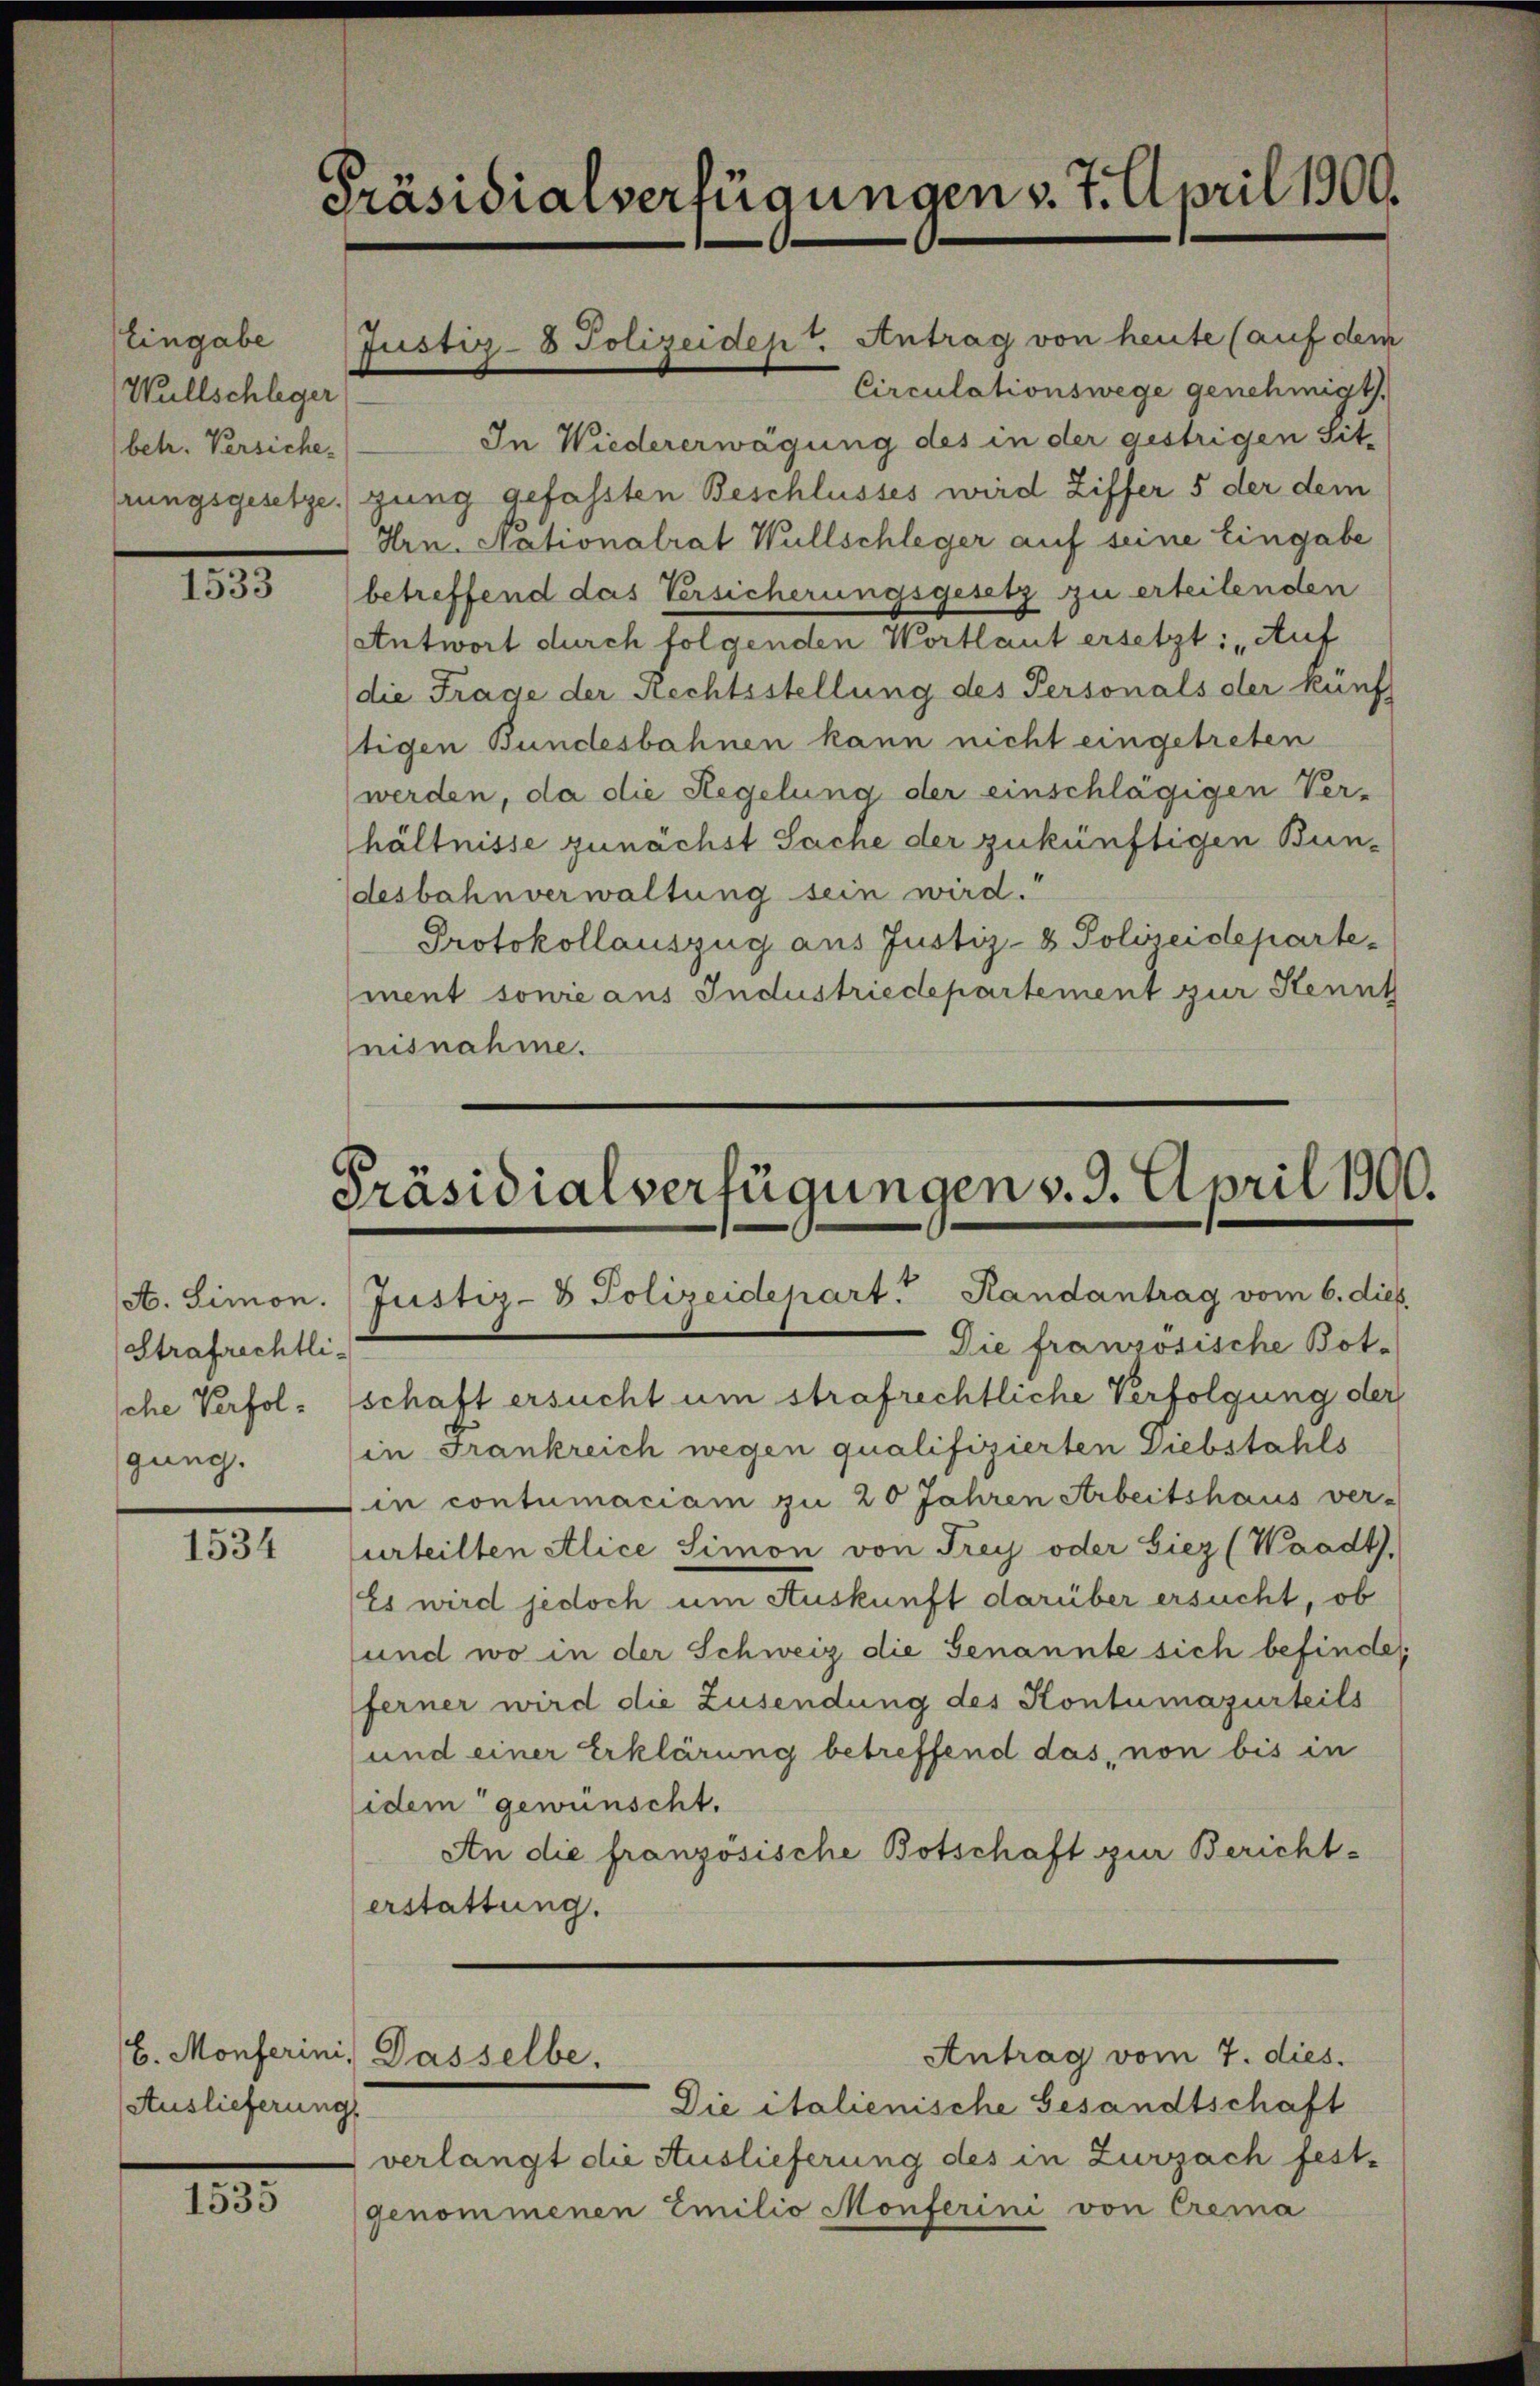
Eingabe
Wellschleger
betr. Versiche.

1835.

Strafrechtlische Verfolgung.

1534

b. Monferini,
Auslieferung

1535

Präsidialverfügungen v. 7. April 1900.

rungsgesetze) gung gefassten Beschlusses wird Ziffer 5 der dem
Hrn. Nationalrat Wüllschleger auf seine Eingabe
betreffend das Versicherungsgesetz zu erteilenden
Antwort durch folgenden Wortlaut ersetzt: „Auf
die Frage der Rechtsstellung des Personals der künf-
tigen Bundesbahnen kann nicht eingetreten
(werden, da die Regelung der einschlägigen Ver-
hältnisse zunächst Sache der zukünftigen Bundesbahnverwaltung sein wird.“
Protokollauszug aus Justiz- & Polizeidepartement sowie aus Industriedepartement zur Kennt
nisnahme.

Präsidialverfügungen v. 9. April 1900.
A. Simon. Justiz- & Polizeidepart. Randantrag vom 6. dies

Die französische Botschaft ersucht um strafrechtliche Verfolgung der
in Frankreich wegen qualifizierten Diebstahls
in contumaciam zu 20 Jahren Arbeitshaus ver-
urteilten Alice Simon von Frey oder Giez (Waadt).
Es wird jedoch um Auskunft darüber ersucht, ob
und wo in der Schweiz die Genannte sich befinde
ferner wird die Zusendung des Kontumazurteils
und einer Erklärung betreffend das, non bis in
idem gewünscht.
An die französische Botschaft zur Berichterstattung.

Dasselbe.

Justiz- & Polizeidept. Antrag von heute (auf dem
Circulationswege genehmigt.
In Wiedererwägung des in der gestrigen Sit-

Antrag vom 7. dies.

Die italienische Gesandtschaft
verlangt die Auslieferung des in Zurzach festgenommenen Emilio Monferini von Crema